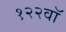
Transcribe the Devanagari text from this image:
१२२वॉ